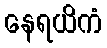
နေရယိကံ